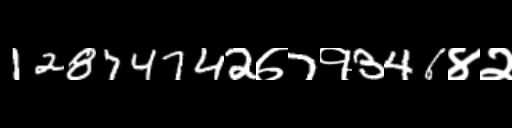
Text: 12874742७7१346४२